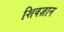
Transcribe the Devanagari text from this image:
शिवज्ञान